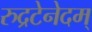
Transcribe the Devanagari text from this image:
रुद्रटेनेदम्